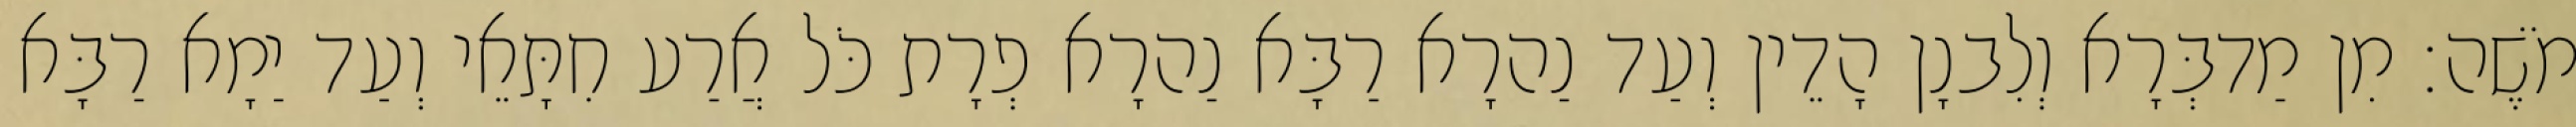
מֹשֶׁה׃ מִן מַדבְּרָא וְלִבנָן הָדֵין וְעַד נַהרָא רַבָּא נַהרָא פְרָת כֹּל אֲרַע חִתָּאֵי וְעַד יַמָא רַבָּא